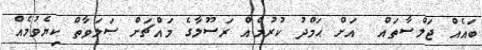
ބައެއް ޖަލްސާތައް  އަށް ޙަމްދު ކުރުމެއް ރަސޫލާގެ މައްޗަށް ޞަލަވާތް ކިޔެވުމެއް